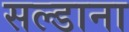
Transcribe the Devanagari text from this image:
सल्डाना